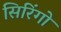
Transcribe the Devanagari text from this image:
सिरिंगो